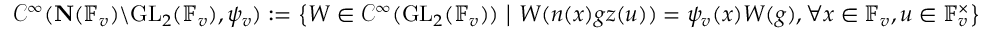
\mathcal { C } ^ { \infty } ( \mathbf { N } ( \mathbb { F } _ { v } ) \backslash \mathrm { G L } _ { 2 } ( \mathbb { F } _ { v } ) , \psi _ { v } ) : = \left\{ W \in \mathcal { C } ^ { \infty } ( \mathrm { G L } _ { 2 } ( \mathbb { F } _ { v } ) ) \ \middle | \ W ( n ( x ) g z ( u ) ) = \psi _ { v } ( x ) W ( g ) , \forall x \in \mathbb { F } _ { v } , u \in \mathbb { F } _ { v } ^ { \times } \right\}